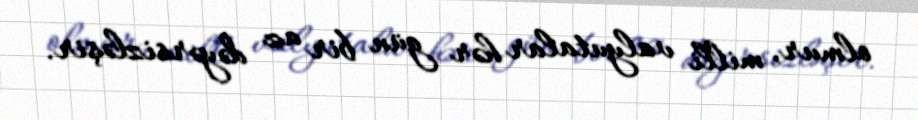
olmur, milli valyutalar hər gün bir az dəyərsizləşir.